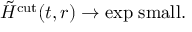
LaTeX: \tilde { H } ^ { \mathrm { c u t } } ( t , r ) \to \mathrm { e x p \; s m a l l } .